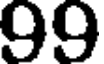
99